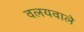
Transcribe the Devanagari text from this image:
वलयवाले